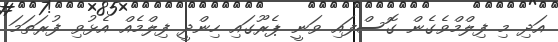
އަދި މި ފިލްމްވެގެން ގޮސްފައި ވަނީ ޕެރޫގައި ހިންދީ ފިލްމެއް އެޅުވި ފުރަތަމަ